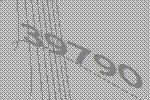
39790